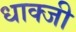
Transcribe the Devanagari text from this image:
धाक्जी